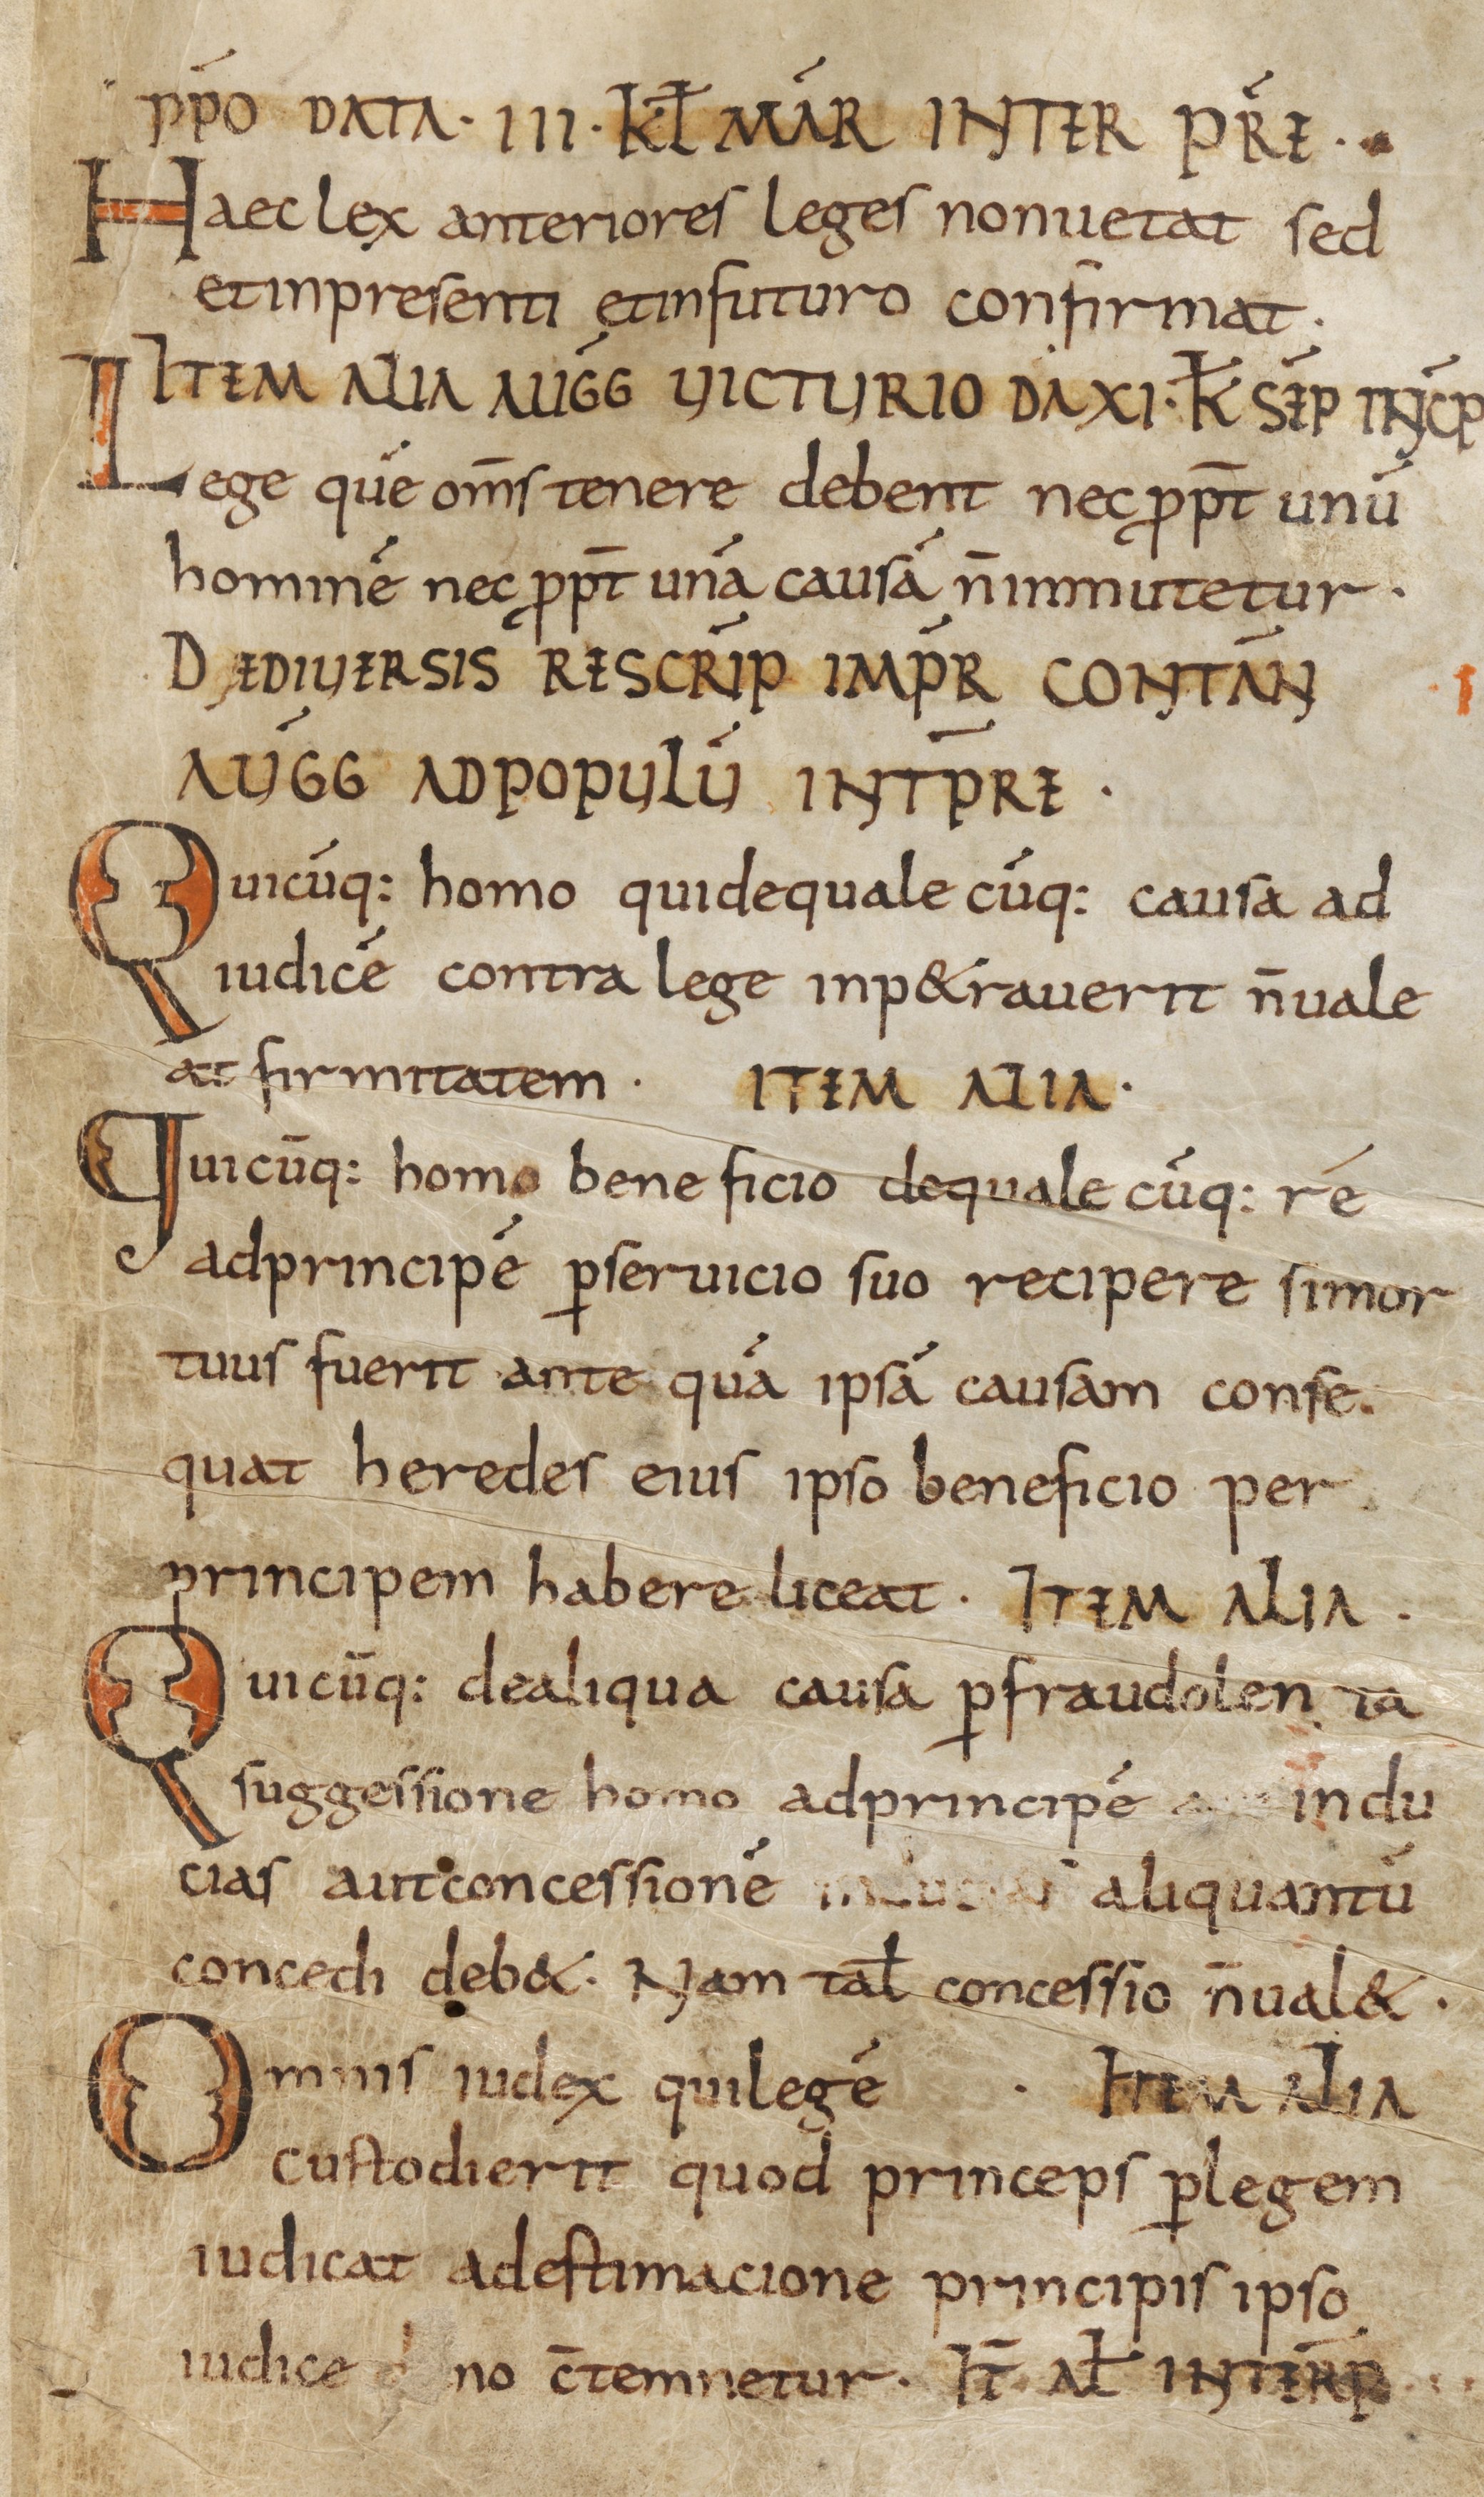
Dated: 800–865